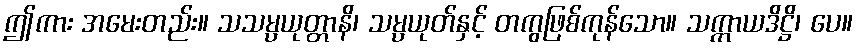
ဤကား အမေးတည်း။ သသမ္ပယုတ္တာနိ၊ သမ္ပယုတ်နှင့် တကွဖြစ်ကုန်သော။ သက္ကာယဒိဋ္ဌိ၊ ပေ။